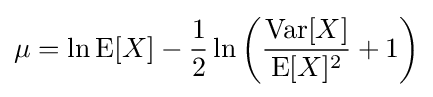
\mu =\ln \operatorname {E} [X]-{\frac {1}{2}}\ln \left({\frac {\operatorname {Var} [X]}{\operatorname {E} [X]^{2}}}+1\right)